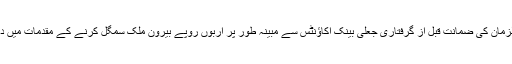
ان دونوں ملزمان کی ضمانت قبل از گرفتاری جعلی بینک اکاؤنٹس سے مبینہ طور پر اربوں روپے بیرون ملک سمگل کرنے کے مقدمات میں دی گئی ہے۔